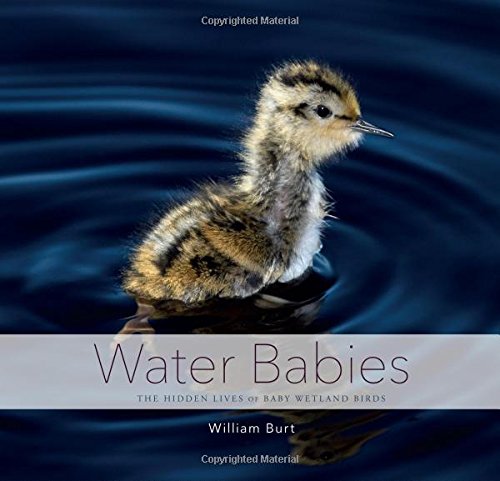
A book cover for Water Babies: The Hidden Lives of Baby Wetland Birds; William Burt; Science & Math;